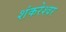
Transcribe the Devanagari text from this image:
शंकरेश्वर